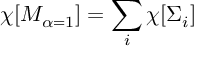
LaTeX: \chi [ { \cal M } _ { \alpha = 1 } ] = \sum _ { i } \chi [ \Sigma _ { i } ] ~ ~ ~